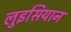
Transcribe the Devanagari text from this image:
लुइसियान